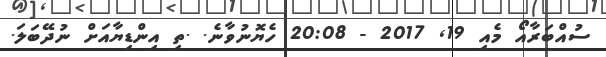
ސުއްބަރާއޯ މެއި 19